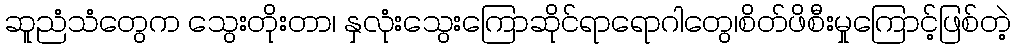
ဆူညံသံတွေက သွေးတိုးတာ၊ နှလုံးသွေးကြောဆိုင်ရာရောဂါတွေ၊စိတ်ဖိစီးမှုကြောင့်ဖြစ်တဲ့